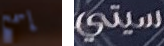
إسمح سيتي